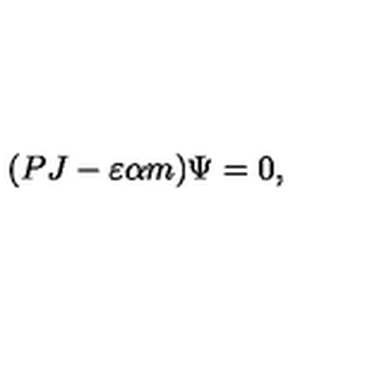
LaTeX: ( P J - \varepsilon \alpha m ) \Psi = 0 ,